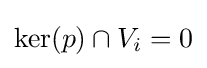
\ker(p)\cap V_{i}=0